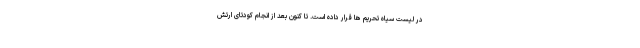
در لیست سیاه تحریم ها قرار داده است. تا کنون بعد از انجام کودتای ارتش